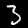
Label: 3